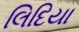
લિદિયા